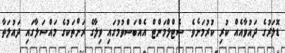
ޑޮލަރުގެ ދައުވާއެއް ކުރި ކުރުމަށެެވެ. ސެޓްލްމަންޓް އެއްބަސްވުމުގައި ވިލާގެ ރަށްތަކުގެ މައްސަލާގައި ދައުލަތާ